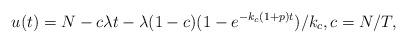
LaTeX: \begin{align*}u(t)=N-c\lambda t-\lambda(1-c)(1-e^{-k_c(1+p)t})/k_c,c=N/T,\end{align*}